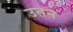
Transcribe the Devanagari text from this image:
उतन